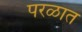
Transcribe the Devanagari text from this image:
परळात